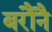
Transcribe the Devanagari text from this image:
बरौनै